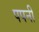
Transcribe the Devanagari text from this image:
पपनी